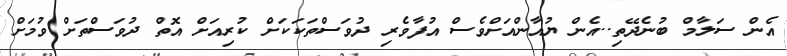
އެން ސަލާމް ބުނެދޭތި..އެން ޔުއާންއަށްވެސް އުފާވެރި ދުވަސްތަކަކަށް ކުރިއަށް އޮތް ދުވަސްތަށް ވުމަށް